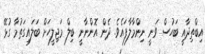
އިބްތިދާއީ ބަހުސް ވަނީ ނިންމާލާފައެވެ. ދެން އޮންނާނީ ބިލް މަޖިލީހަށް ބަލައިގަތުމާ ގުޅޭ